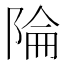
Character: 陯